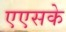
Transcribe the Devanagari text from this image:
एएसके